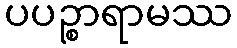
ပပဉ္စာရာမဿ